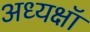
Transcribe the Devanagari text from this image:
अध्यक्षॉ